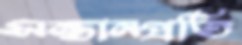
সন্তানপ্রতি